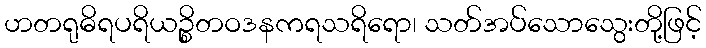
ဟတရုဓိရပရိယဉ္စိတဝဒနကရသရိရော၊ သတ်အပ်သောသွေးတို့ဖြင့်